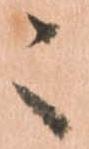
々